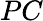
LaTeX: PC